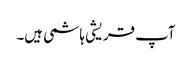
آپ قریشی ہاشمی ہیں۔